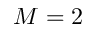
M = 2